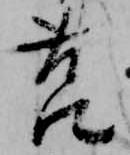
莒